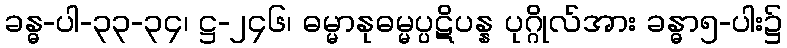
ခန္ဓ-ပါ-၃၃-၃၄၊ ဋ္ဌ-၂၄၆၊ ဓမ္မာနုဓမ္မပ္ပဋိပန္န ပုဂ္ဂိုလ်အား ခန္ဓာ၅-ပါး၌